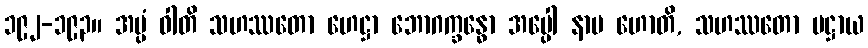
၁၉၂-၁၉၃။ အပ္ပံ ဝါတိ သဟဿတော ဟေဋ္ဌာ ဘောဂက္ခန္ဓော အပ္ပေါ နာမ ဟောတိ, သဟဿတော ပဋ္ဌာယ